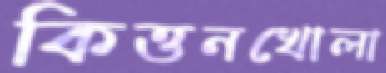
কিত্তনখোলা